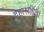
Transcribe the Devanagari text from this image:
देहासहिता